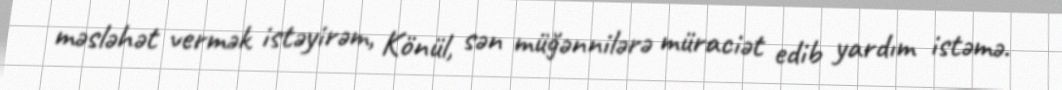
məsləhət vermək istəyirəm, Könül, sən müğənnilərə müraciət edib yardım istəmə.